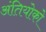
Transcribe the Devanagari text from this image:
अंतियोको